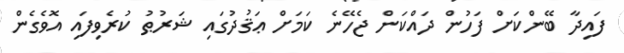
ފައިދާ ބޭންކަށް ފަހުން ދައްކަން ޖެހޭނެ ކަމަށް ޢަޤުދުގައި ޝަރުޠު ކުރެވިފައި އޮވެގެން